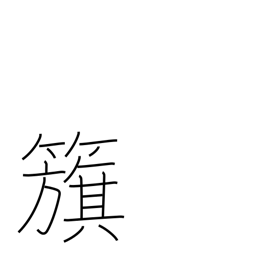
Meaning: flag